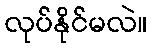
လုပ်နိုင်မလဲ။